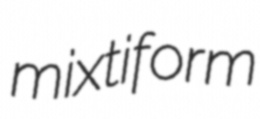
mixtiform